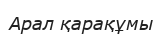
Арал қарақұмы